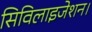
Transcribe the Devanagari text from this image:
सिविलाइजेशन।